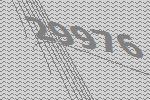
29976